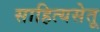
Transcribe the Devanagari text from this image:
साहित्यसेतू